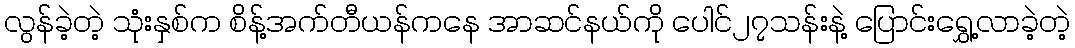
လွန်ခဲ့တဲ့ သုံးနှစ်က စိန့်အက်တီယန်ကနေ အာဆင်နယ်ကို ပေါင်၂၇သန်းနဲ့ ပြောင်းရွှေ့လာခဲ့တဲ့